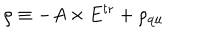
\rho \equiv - A \times E ^ { \mathrm { t r } } + \rho _ { \mathrm { q u } }